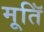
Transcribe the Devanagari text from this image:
मूतिॅ